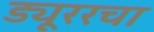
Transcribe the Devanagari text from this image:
ड्यूररचा